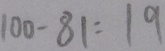
1 0 0 - 8 1 = 1 9